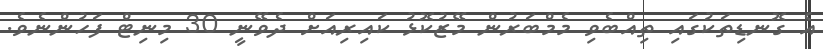
އެ ގޮނޑިތަކުގައި ތިއްބެވި މެމްބަރުން މޭޒުކޮޅު ކައިރިއަށް ދެވޭނީ 30 މިނިޓް ފަހުންނެވެ.